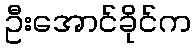
ဦးအောင်ခိုင်က